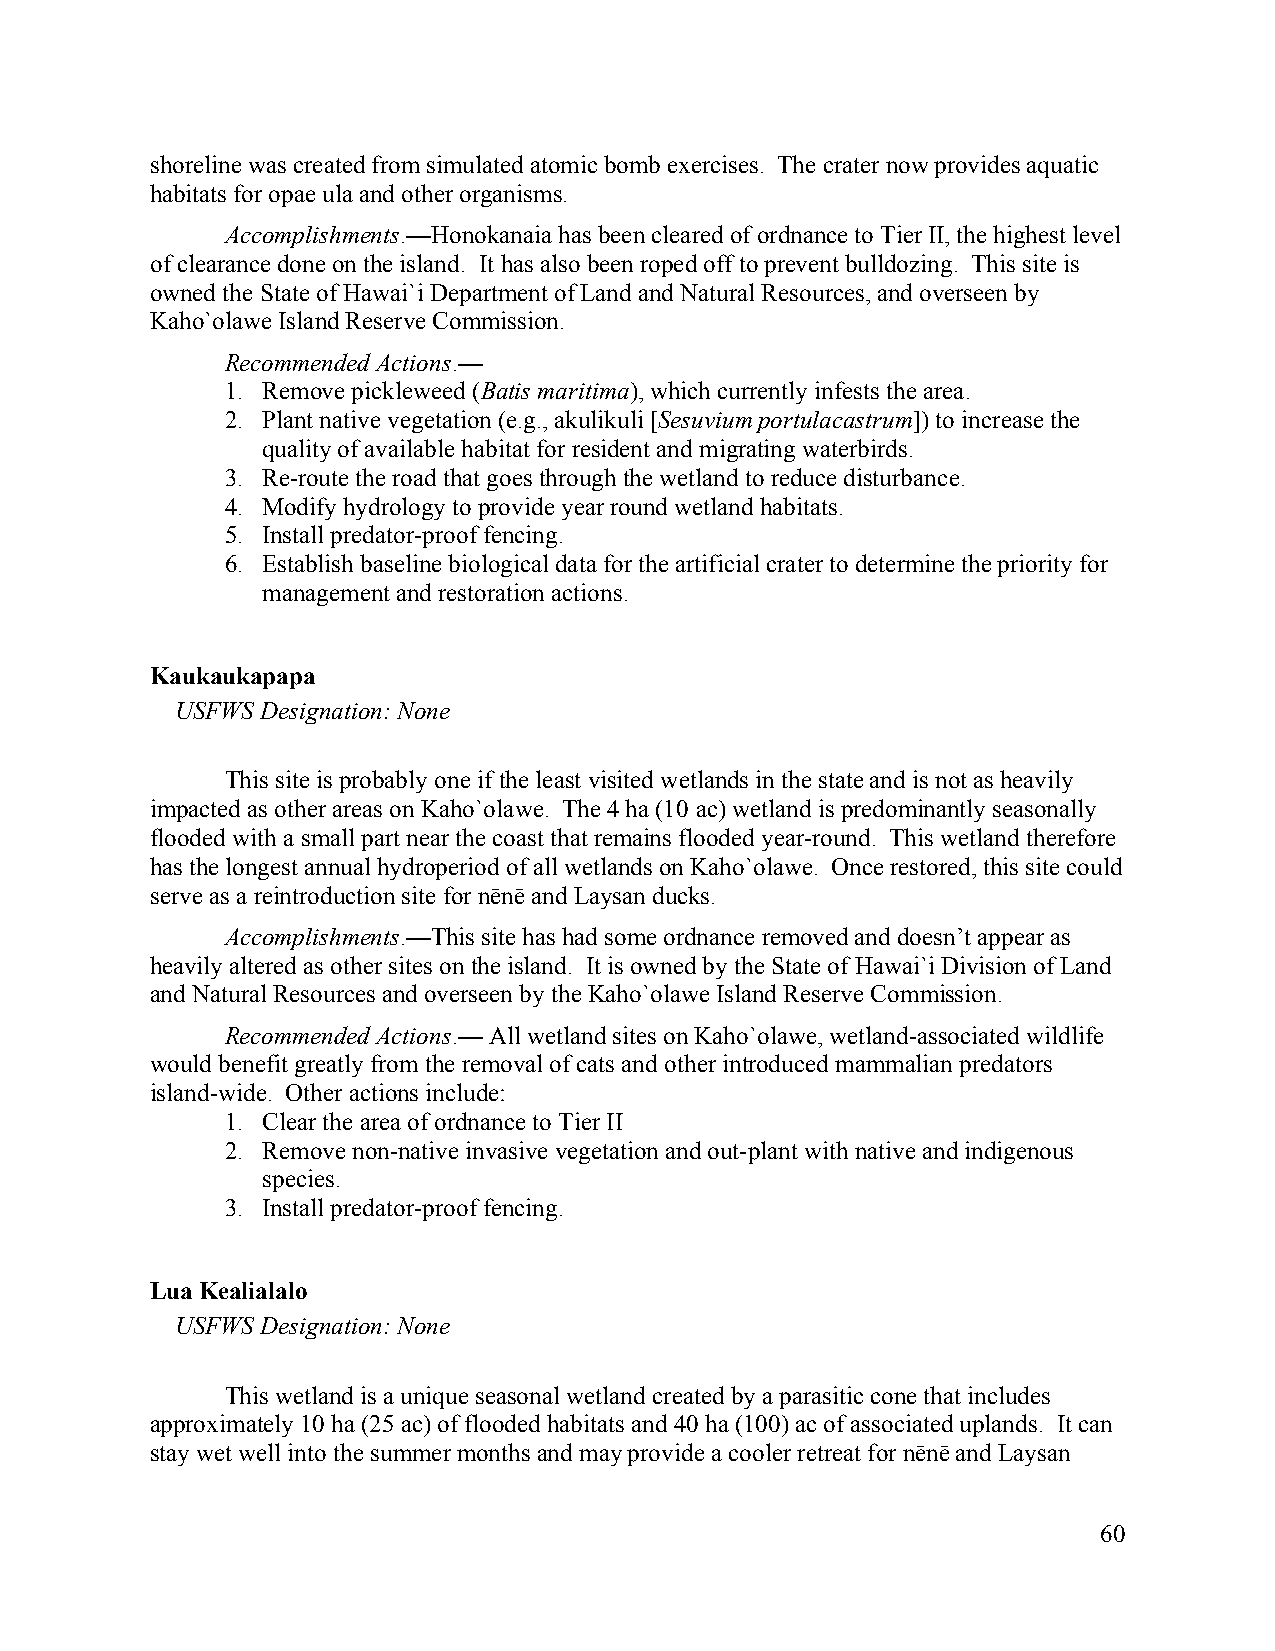
shoreline was created from simulated atomic bomb exercises. The crater now provides aquatic
 habitats for opae ula and other organisms.
 Accomplishments.—Honokanaia has been cleared of ordnance to Tier II, the highest level
 of clearance done on the island. It has also been roped off to prevent bulldozing. This site is
 owned the State of Hawai`i Department of Land and Natural Resources, and overseen by
 Kaho`olawe Island Reserve Commission.
 Recommended Actions.—
 1. Remove pickleweed (Batis maritima), which currently infests the area.
 2. Plant native vegetation (e.g., akulikuli [Sesuvium portulacastrum]) to increase the
 quality of available habitat for resident and migrating waterbirds.
 3. Re-route the road that goes through the wetland to reduce disturbance.
 4. Modify hydrology to provide year round wetland habitats.
 5. Install predator-proof fencing.
 6. Establish baseline biological data for the artificial crater to determine the priority for
 management and restoration actions.
 Kaukaukapapa
 USFWS Designation: None
 This site is probably one if the least visited wetlands in the state and is not as heavily
 impacted as other areas on Kaho`olawe. The 4 ha (10 ac) wetland is predominantly seasonally
 flooded with a small part near the coast that remains flooded year-round. This wetland therefore
 has the longest annual hydroperiod of all wetlands on Kaho`olawe. Once restored, this site could
 serve as a reintroduction site for nēnē and Laysan ducks.
 Accomplishments.—This site has had some ordnance removed and doesn’t appear as
 heavily altered as other sites on the island. It is owned by the State of Hawai`i Division of Land
 and Natural Resources and overseen by the Kaho`olawe Island Reserve Commission.
 Recommended Actions.— All wetland sites on Kaho`olawe, wetland-associated wildlife
 would benefit greatly from the removal of cats and other introduced mammalian predators
 island-wide. Other actions include:
 1. Clear the area of ordnance to Tier II
 2. Remove non-native invasive vegetation and out-plant with native and indigenous
 species.
 3. Install predator-proof fencing.
 Lua Kealialalo
 USFWS Designation: None
 This wetland is a unique seasonal wetland created by a parasitic cone that includes
 approximately 10 ha (25 ac) of flooded habitats and 40 ha (100) ac of associated uplands. It can
 stay wet well into the summer months and may provide a cooler retreat for nēnē and Laysan
 60